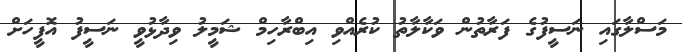
މަސްލާގައި ނަސީފުގެ ފަރާތުން ވަކާލާތު ކުރެއްވި އިބްރާހިމް ޝަމީލު ވިދާޅުވީ ނަސީފު އޮފީހަށް